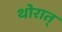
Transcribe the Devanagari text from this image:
थोरात्